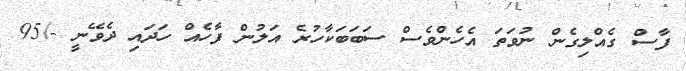
ފާސް ގެއްލިގެން ނުވަތަ އެހެންވެސް ސަބަބަކާހުރެ އަލުން ފާހެއް ހަދައި ދެވޭނީ -/95